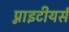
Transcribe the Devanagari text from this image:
प्नाइटीयर्स